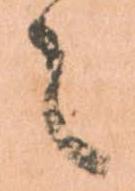
之